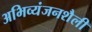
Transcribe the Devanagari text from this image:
अभिव्यंजनशैली